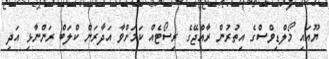
ޔޫއައި މޯލްޑިވްސްގެ އިތުރުން ރާއްޖޭގެ ރިސޯޓެއް ކަމަށްވާ އަދާރަން ކްލަބް ރަންނާޅި އަދި